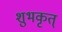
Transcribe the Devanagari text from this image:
शुभकृत्